Lunatic asylums Madras 1877-1891 - 1877-1891
Year: 1877
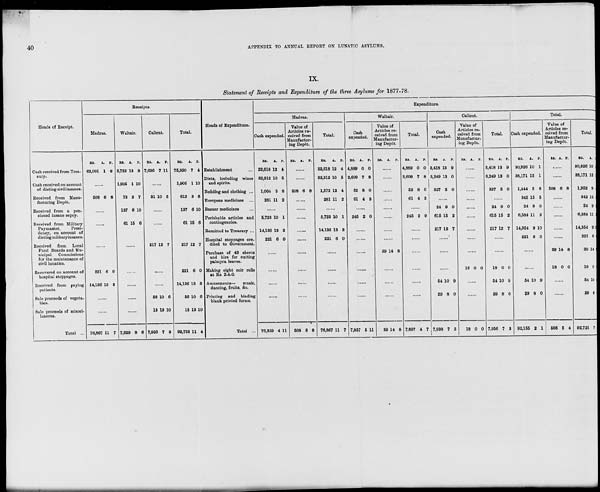
40
APPENDIX TO ANNUAL REPORT ON LUNATIC ASYLUMS.
IX.
Statement of Receipts and Expenditure of the three Asylums for 1877-78.
Heads of Receipt.
Cash received from Trea-
sury.
Cash received on account
of dieting civil insanes.
Received from Manu-
facturing Depôt.
Received from a pen-
sioned insane sepoy.
Received from Military
Paymaster,
Presi-
dency, on account of
dieting military insanes.
Received from Local
Fund Boards and Mu-
nicipal
Commissions
for the maintenance of
civil lunatics.
Recovered on account of
hospital stoppages.
Received from paying
patients.
Sale proceeds of vegeta-
bles.
Sale proceeds of miscel-
laneous.
Total ...
Receipts.
Madras.
Rs.
62,001
A.
1
P.
8
......
508 6 8
......
......
......
221
14,136
6
13
0
3
......
......
76,867 11 7
Waltair.
Rs.
5,752
1,905
72
137
61
A.
13
1
2
6
15
P.
9
10
7
10
6
......
......
......
......
......
7,929 8 6
Calicut.
Rs.
7,636
A.
7
P.
11
......
31 10 5
......
......
217 12 7
......
......
56
13
7,956
10
13
7
6
10
3
Total.
Rs.
75,390
1,905
612
137
61
A.
7
1
3
6
15
P.
4
10
8
10
6
217 12 7
221
14,136
56
13
92,753
6
13
10
13
11
0
3
6
10
4
Heads of Expenditure.
Establishment ...
Diets, including wines
and spirits.
Bedding and clothing ...
European medicines ...
Bazaar medicines ...
Perishable articles and
contingencies.
Remitted to Treasury ...
Hospital stoppages cre.
dited to Government.
Purchase of 43 sheets
and hire for cutting
palmyra leaves.
Making eight coir rolls
at Rs. 2-4-0.
Amusements—
music,
dancing, fruits, &c.
Printing and binding
blank printed forms.
Total ...
Expenditure.
Madras.
Cash expended.
Rs.
22,618
32,312
1,064
281
A.
12
10
5
11
P.
4
5
8
2
......
5,723
14,136
221
10
13
6
1
3
0
......
......
......
......
76,359 4 11
Value of
Articles re-
ceived from
Manufactur-
ing Depôt.
Rs.
A. P.
......
......
508 6 8
......
......
......
......
......
......
......
......
......
508 6 8
Total.
Rs.
22,618
32,312
1,572
281
A.
12
10
12
11
P.
4
5
4
2
......
5,723
14,136
221
10
13
6
1
3
0
......
......
......
......
76,867 11 7
Waltair.
Cash
expended.
Rs.
4,889
2,609
52
61
A.
0
7
8
4
P.
0
8
0
3
......
245 2 0
......
......
......
......
......
......
7,857 5 11
Value of
Articles re-
ceived from
Manufactur-
ing Depôt.
Rs.
A.
P.
......
......
......
......
......
......
......
......
39 14 8
......
......
......
39 14 8
Total.
Rs.
4,889
2,609
52
61
A.
0
7
8
4
P.
Calicut.
Cash
expended.
Rs.
0 3,418
8
0
3
......
245 2 0
......
......
......
......
......
......
7,897 4 7
3,249
327
A.
13
13
5
P.
9
0
0
......
24
615
217
9
15
12
0
2
7
......
......
......
54
29
7,938
10
8
7
9
0
3
Value of
Articles re-
ceived from
Manufacturing
Depôt.
Rs.
A.
P.
......
......
......
......
......
......
......
......
18 0 0
......
......
18 0 0
Total.
Rs.
3,418
3,249
327
A.
13
13
5
P.
9
0
0
......
24
615
217
9
15
12
0
2
7
......
......
18
54
29
7,956
0
10
8
7
0
9
0
3
Total.
Cash expended.
Rs.
30,926
38,171
1,444
342
24
6,584
14,354
221
A.
10
15
2
15
9
11
9
6
P.
1
1
8
5
0
3
10
0
......
......
54
29
92,155
10
8
2
9
0
1
Value of
Articles re-
ceived from
Manufactur-
ing Depôt.
Rs. A.
P.
......
......
508 6 8
......
......
......
......
......
39
18
14
0
8
0
......
......
566 5 4
Total.
Rs.
30,926
38,171
1,952
342
24
6,584
14,354
221
39
18
54
29
92,721
A.
10
15
9
15
9
11
9
6
14
0
10
8
7